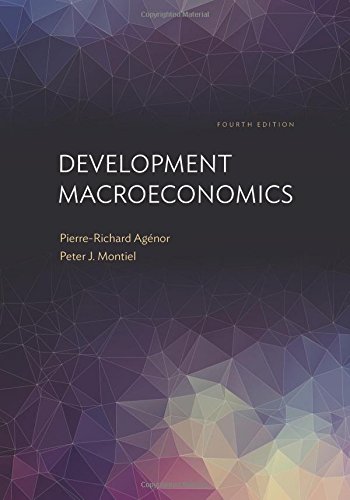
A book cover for Development Macroeconomics: Fourth edition; Pierre-Richard AgÃ©nor; Business & Money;